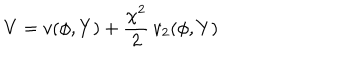
LaTeX: V = v ( \phi , Y ) + \frac { \chi ^ { 2 } } { 2 } \, v _ { 2 } ( \phi , Y )